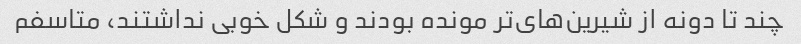
چند تا دونه از شیرین‌های‌تر مونده بودند و شکل خوبی نداشتند، متاسفم